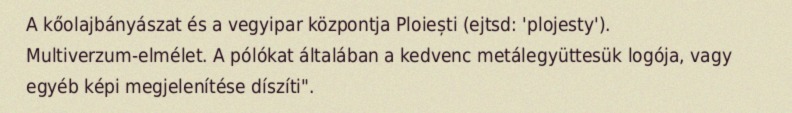
A kőolajbányászat és a vegyipar központja Ploiești (ejtsd: 'plojesty'). Multiverzum-elmélet. A pólókat általában a kedvenc metálegyüttesük logója, vagy egyéb képi megjelenítése díszíti".